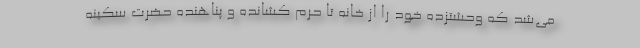
می‌شد که وحشتزده خود را از خانه تا حرم کشانده و پناهنده حضرت سکینه